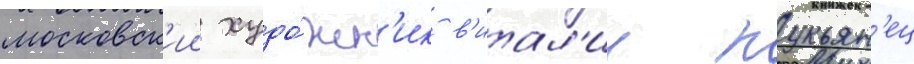
московск'ии худо́жн'ик в'итал'ии лукьян'ец